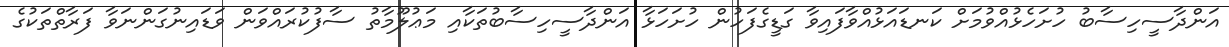
އަންދާސީހިސާބު ހުށަހެޅުއްވުމަށް ކަނޑައަޅުއްވާފައިވާ ގަޑީގެފަހުން ހުށަހަޅާ އަންދާސީހިސާބުތަކާއި މަޢުލޫމާތު ސާފުކުރައްވަން ވަޑައިނުގަންނަވާ ފަރާތްތަކުގެ